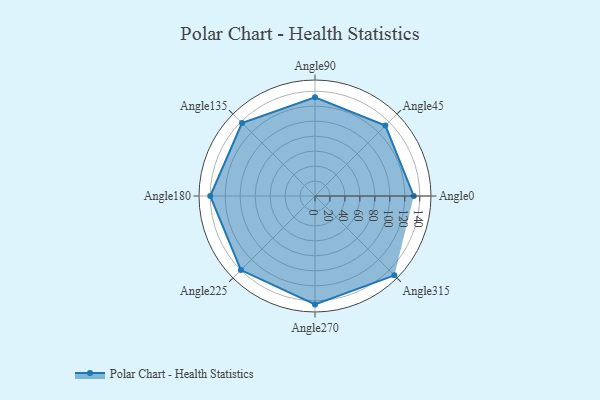
{"axis": {"x": "Angle", "y": "Radius"}, "legend": [""], "data": [{"x": "Angle0", "y": 132.0, "type": ""}, {"x": "Angle45", "y": 133.0, "type": ""}, {"x": "Angle90", "y": 132.0, "type": ""}, {"x": "Angle135", "y": 138.0, "type": ""}, {"x": "Angle180", "y": 140.0, "type": ""}, {"x": "Angle225", "y": 140.0, "type": ""}, {"x": "Angle270", "y": 145.0, "type": ""}, {"x": "Angle315", "y": 150.0, "type": ""}]}